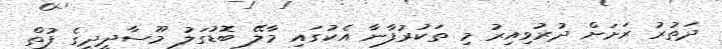
ދަތުރު ރަށަށް ދުރުވިއިރު މި ތަކުރުފާނާ އެކުގައި މާލޭ ބޮޑުގަލު މޫސާދީދީގެ ފުތް